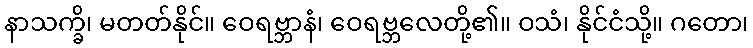
နာသက္ခိ၊ မတတ်နိုင်။ ဝေရဗ္ဘာနံ၊ ဝေရဗ္ဘလေတို့၏။ ဝသံ၊ နိုင်ငံသို့။ ဂတော၊